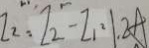
I _ { 2 } = I _ { 2 } - I _ { 1 } ^ { 2 } , 1 . 2 A